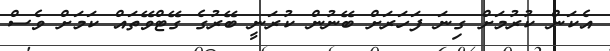
އެކަން ކުރުމަށް ގިނަ ފަހަރަށް ބޭނުން ކުރަނީ ބޭރުގެ ގޭޓްވޭތައް ކަމަށް ވެސް